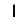
Digit: 1